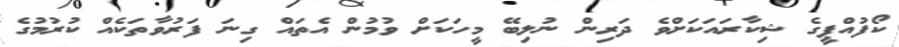
ކޯފުއްޕީގެ ޝިކާރައަކަށްވެ ދަރިން ނުލިބޭ މީހަކަށް ވުމުން އެތައް ގިނަ ފަރުވާތަކެއް ކުރުމުގެ